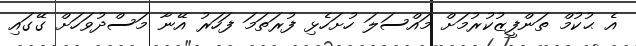
އެ ޙުކުމް ތަންފީޒުކުރުމަށް މައްސަލަ ހުށަހެޅި ފުރަތަމަ ފަހަރު އޭނާ މަސްދުވަހަށް ގޭގައި